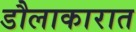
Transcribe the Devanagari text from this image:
डौलाकारात